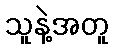
သူနဲ့အတူ